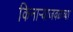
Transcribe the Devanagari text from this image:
किनार्‍याजवळच्या